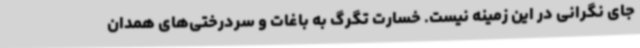
جای نگرانی در این زمینه نیست‌. خسارت تگرگ به باغات و سردرختی‌های همدان